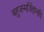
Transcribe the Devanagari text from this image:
बहुजन्मर्जितान्यपि